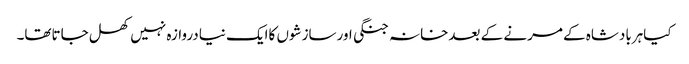
کیاہربادشاہ کے مرنے کے بعدخانہ جنگی اورسازشوں کاایک نیادروازہ نہیں کھل جاتاتھا۔